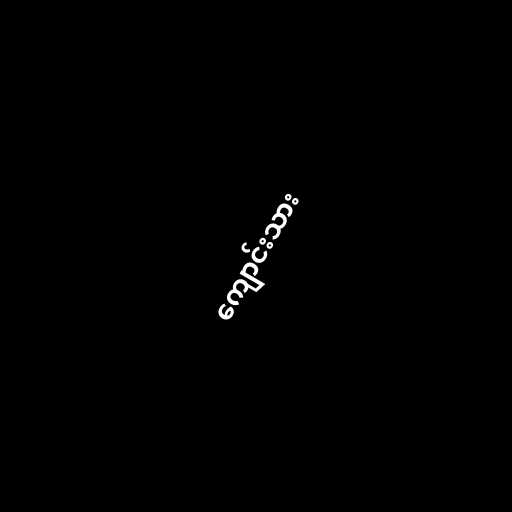
ကျောင်းသား